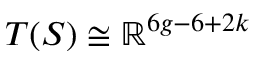
T ( S ) \cong \mathbb { R } ^ { 6 g - 6 + 2 k }